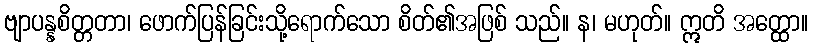
ဗျာပန္နစိတ္တတာ၊ ဖောက်ပြန်ခြင်းသို့ရောက်သော စိတ်၏အဖြစ် သည်။ န၊ မဟုတ်။ ဣတိ အတ္ထော။